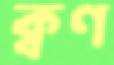
ক্বণ